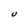
Character: U